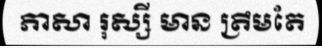
ភាសា រុស្សី មាន ត្រឹមតែ